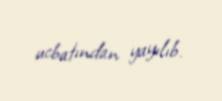
ucbatından yayılıb.